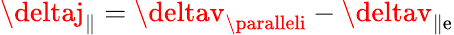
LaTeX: \deltaj_{\parallel}=\deltav_{\paralleli}-\deltav_{\parallel\mathrm{e}}